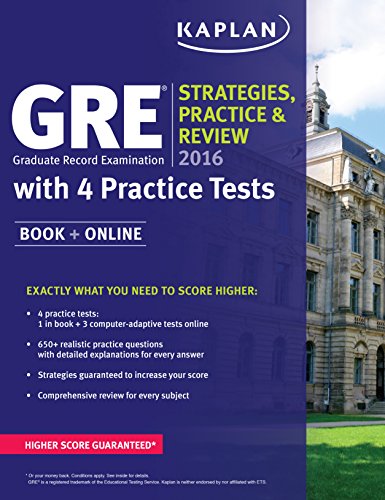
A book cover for GRE 2016 Strategies, Practice, and Review with 4 Practice Tests: Book + Online (Kaplan Test Prep); Kaplan; Test Preparation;